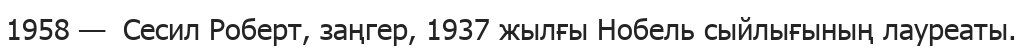
1958 —  Сесил Роберт, заңгер, 1937 жылғы Нобель сыйлығының лауреаты.